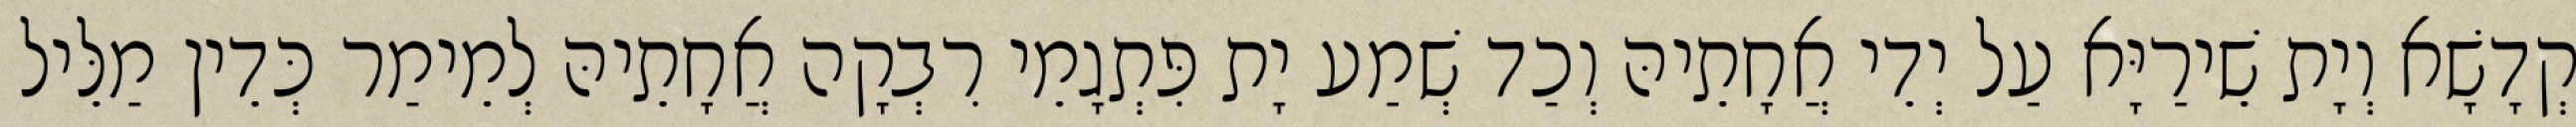
קְדָשָׁא וְיָת שֵׁירַיָּא עַל יְדֵי אֲחָתֵיהּ וְכַד שְׁמַע יָת פִּתְגָמֵי רִבְקָה אֲחָתֵיהּ לְמֵימַר כְּדֵין מַלֵּיל